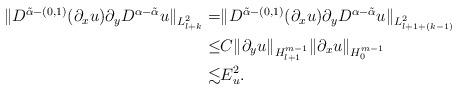
LaTeX: \begin{align*}\begin{aligned}\Vert D^{\tilde{\alpha}-(0,1)}(\partial_x u)\partial_yD^{\alpha-\tilde{\alpha}}u\Vert_{L^2_{l+k}}=&\Vert D^{\tilde{\alpha}-(0,1)}(\partial_x u)\partial_yD^{\alpha-\tilde{\alpha}}u\Vert_{L^2_{l+1+(k-1)}}\\\leq & C\Vert \partial_y u\Vert_{H^{m-1}_{l+1}}\Vert \partial_x u\Vert_{H^{m-1}_0}\\\lesssim & E_u^2.\end{aligned}\end{align*}